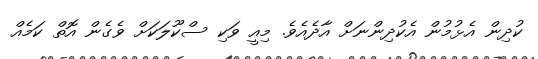
ކުދިން އެޅުމުން އެކުދިންނަށް އާދެއެވެ. މިއީ ވަކި ސްކޫލަކަށް ވެގެން އޮތް ކަމެއް